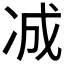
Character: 𪞞